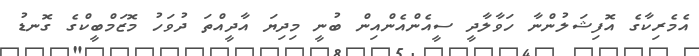
އެމެރިކާގެ އޮފިޝަލުންނާ ހަވާލާދީ ސީއެންއެންއިން ބުނީ މިދިޔަ އާދީއްތަ ދުވަހު މޮޒަމްބީކްގެ ގޮނޑު